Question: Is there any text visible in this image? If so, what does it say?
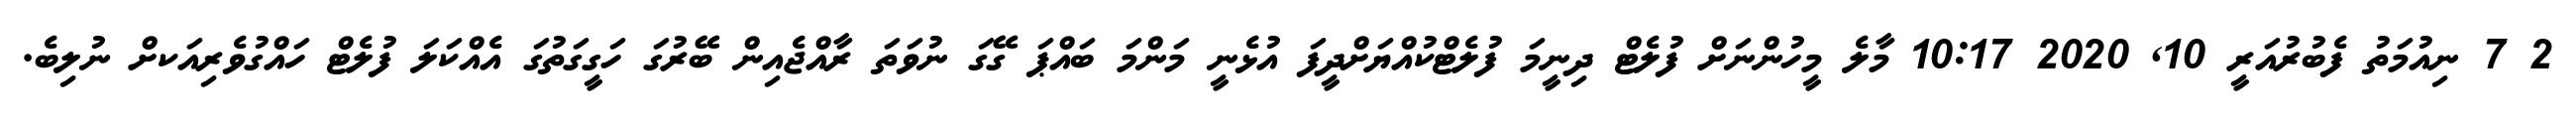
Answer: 2 7 ނިއުމަތު ފެބުރުއަރީ 10, 2020 10:17 މާލެ މީހުންނަށް ފުލެޓް ދިނީމަ ފުލެޓްކުއްޔަށްދީފަ އުޅެނީ މަންމަ ބައްޕަ ގޭގަ ނުވަތަ ރާއްޖެއިން ބޭރުގަ ހަގީގަތުގަ އެއްކަލަ ފުލެޓް ހައްގުވެރިއަކށް ނުލިބެ.